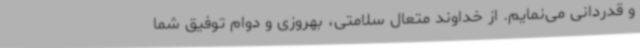
و قدردانی می‌نمایم. از خداوند متعال سلامتی، بهروزی و دوام توفیق شما